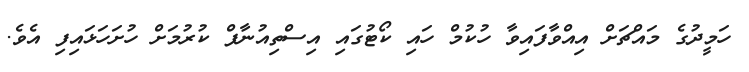
ހަމީދުގެ މައްޗަށް އިއްވާފައިވާ ހުކުމް ހައި ކޯޓުގައި އިސްތިއުނާފް ކުރުމަށް ހުށަހަޅައިފި އެވެ.